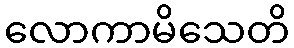
လောကာမိသေတိ